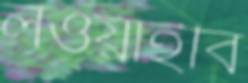
লওয়াইবি